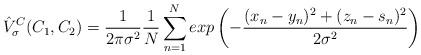
LaTeX: \begin{align*}\hat{V}^{C}_{\sigma}(C_{1},C_{2}) = \frac{1}{2\pi\sigma^{2}} \frac{1}{N} \sum\limits_{n=1}^N exp \left ( -\frac{(x_{n} - y_{n})^{2} + (z_{n} - s_{n})^{2} }{2\sigma^2} \right ) \end{align*}